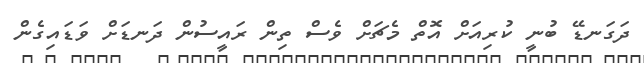
ދަގަނޑޭ ބުނީ ކުރިއަށް އޮތް މެޗަށް ވެސް ތިން ރައީސުން ދަނޑަށް ވަޑައިގެން